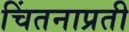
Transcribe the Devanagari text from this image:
चिंतनाप्रती